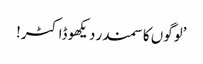
’لوگوں کا سمندر دیکھو ڈاکٹر!